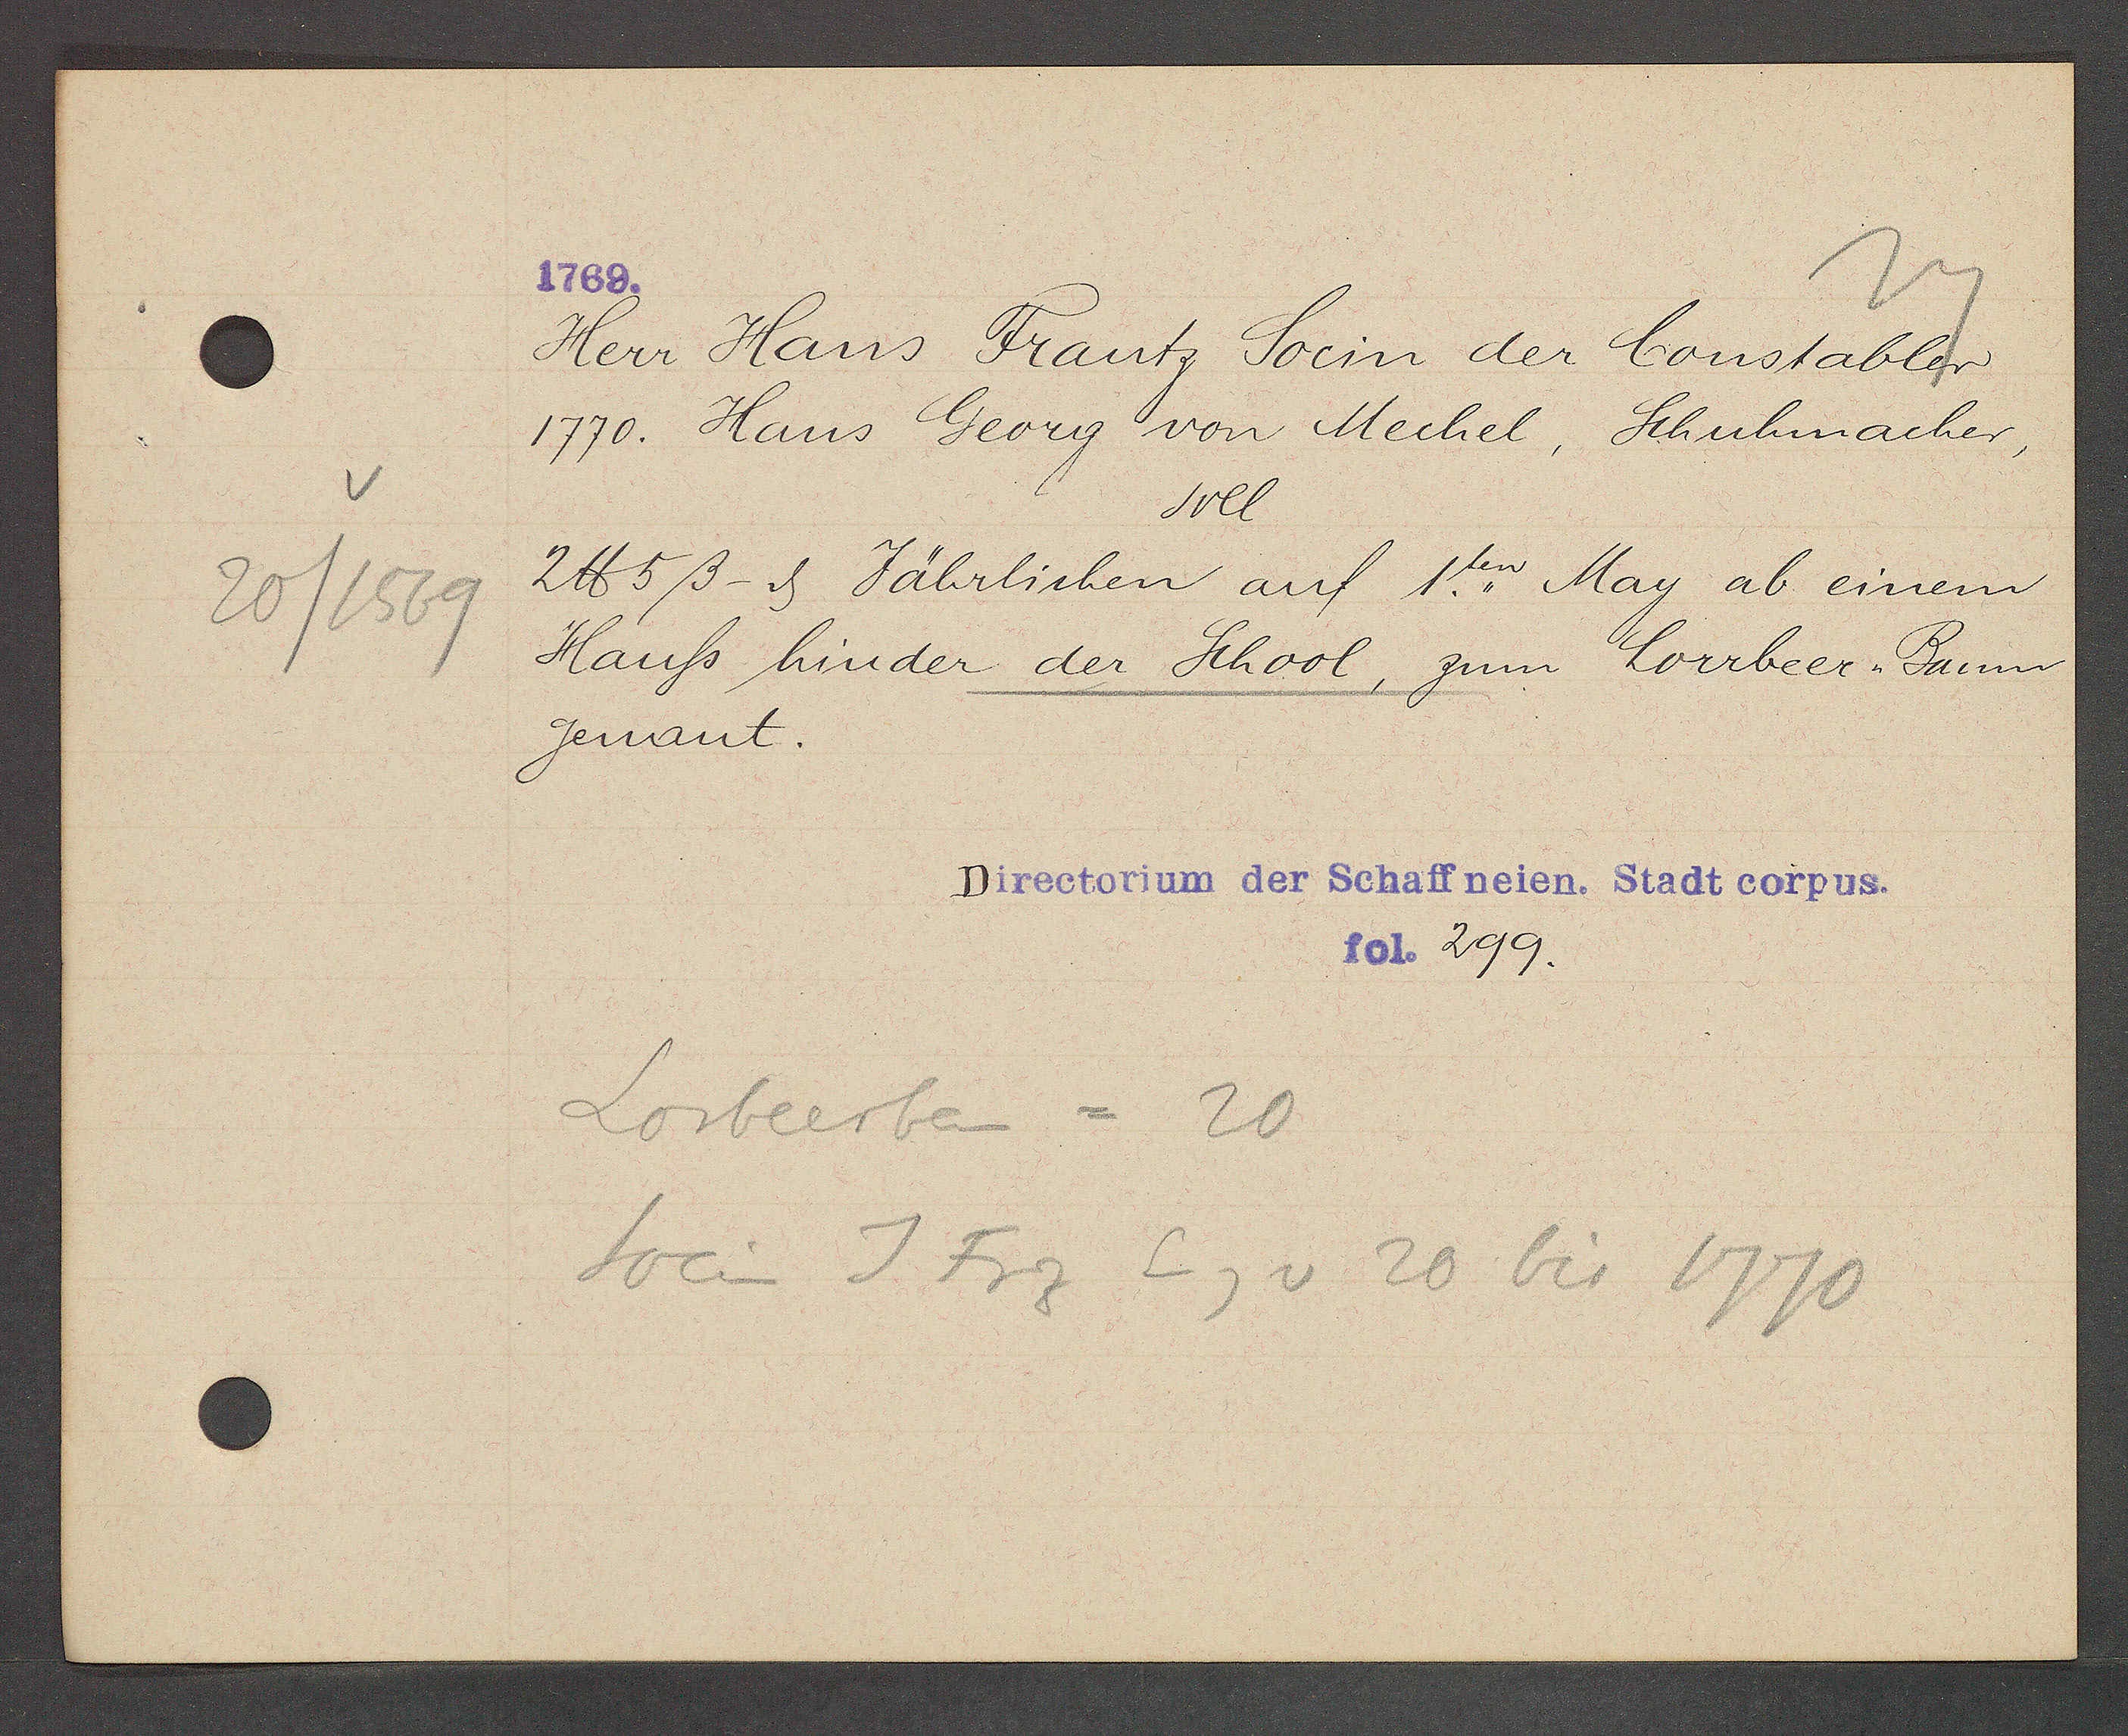
Transcript:
20/1569

1769.

Herr Hans Frantz Stein der Constabler
1770. Hans Georg von Mechel, Schuhmacher,
soll
2 ℔ 5ß - ȡ Jährlichen auf 1.ten May ab einem
Hauss hinder der School, zum Lorrbeer Baum
genant.

Directorium der Schaffneien. Stadt corpus.
fol. 299.

Lorbeerben = 20
Socin J. Frz
Eg v 20 bis 1770